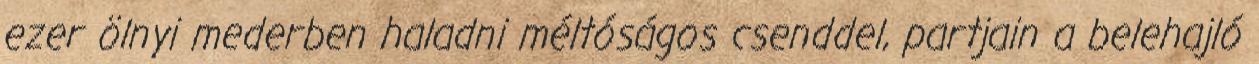
ezer ölnyi mederben haladni méltóságos csenddel, partjain a belehajló